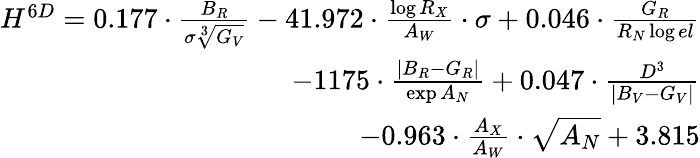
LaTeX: \begin{array}{r}{{H^{6D}=0.177\cdot\frac{B_{R}}{\sigma\sqrt[3]{G_{V}}}-41.972\cdot\frac{\log{R_{X}}}{A_{W}}\cdot\sigma+0.046\cdot\frac{G_{R}}{R_{N}\log{el}}}}\\ {{-1175\cdot\frac{|B_{R}-G_{R}|}{\exp{A_{N}}}+0.047\cdot\frac{D^{3}}{|B_{V}-G_{V}|}}}\\ {{-0.963\cdot\frac{A_{X}}{A_{W}}\cdot\sqrt{A_{N}}+3.815}}\end{array}